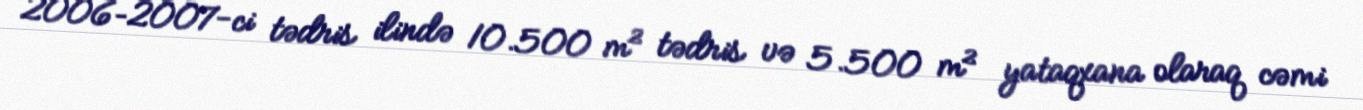
2006–2007-ci tədris ilində 10.500 m² tədris və 5.500 m² yataqxana olaraq cəmi